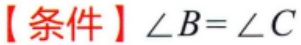
【条件】$\angle B = \angle C$